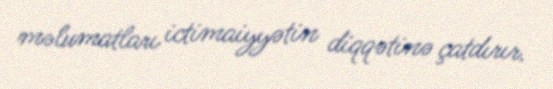
məlumatları ictimaiyyətin diqqətinə çatdırır.